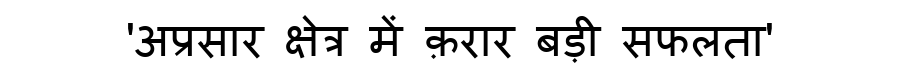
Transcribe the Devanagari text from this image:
'अप्रसार क्षेत्र में क़रार बड़ी सफलता'